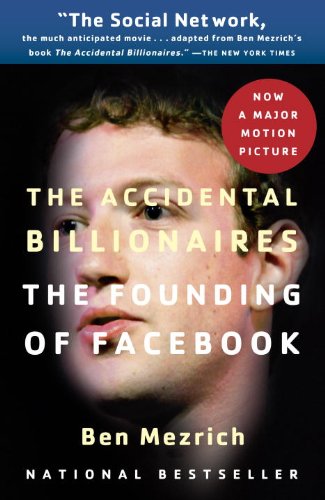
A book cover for The Accidental Billionaires: The Founding of Facebook: A Tale of Sex, Money, Genius and Betrayal; Ben Mezrich; Computers & Technology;